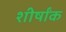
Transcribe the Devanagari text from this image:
शीर्षांक